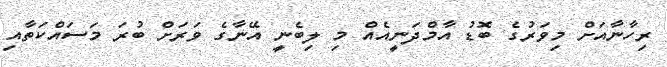
ރިހާނާއަށް މިވަރުގެ ބޮޑު އާމްދަނީއެއް މި ލިބެނީ އޭނާގެ ވަރަށް ބުރަ މަސައްކަތާއި